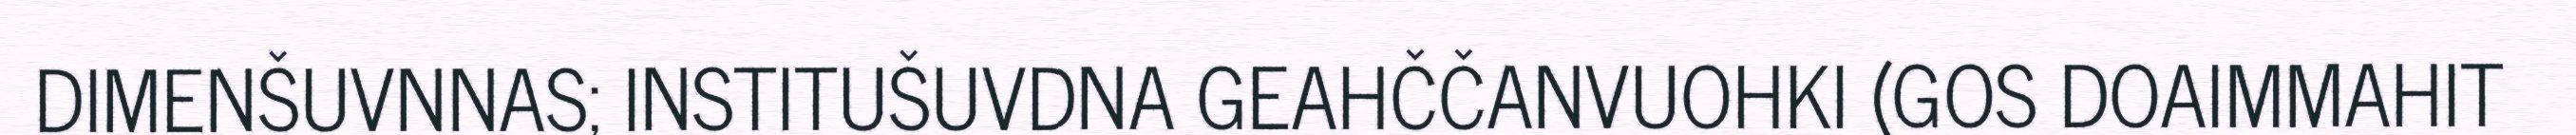
DIMENŠUVNNAS; INSTITUŠUVDNA GEAHČČANVUOHKI (GOS DOAIMMAHIT